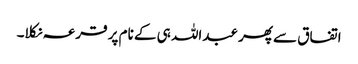
اتفاق سے پھر عبداللہ ہی کے نام پر قرعہ نکلا۔